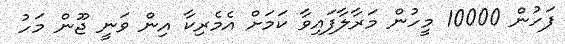
ފަހުން 10000 މީހުން މަރާލާފައިވާ ކަމަށް އެމެރިކާ އިން ވަނީ ޖޫން މަހު